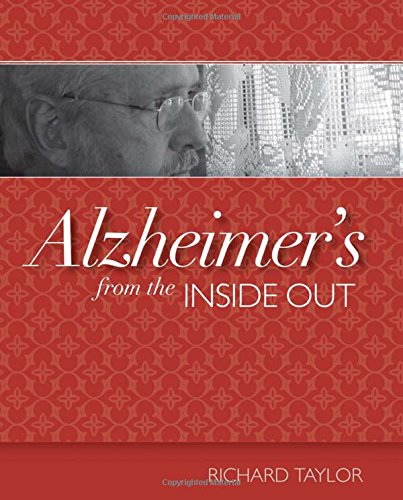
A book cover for Alzheimer's from the Inside Out; Richard Taylor PhD; Parenting & Relationships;